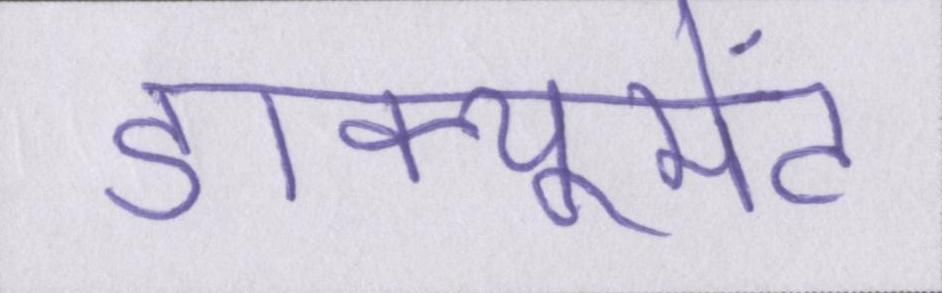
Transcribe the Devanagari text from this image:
डाक्यूमेंट